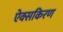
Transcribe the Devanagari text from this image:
ऐक्सकिरण